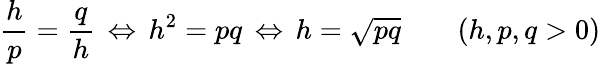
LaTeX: {\frac{h}{p}}={\frac{q}{h}}\, \Leftrightarrow\, h^{2}=pq\, \Leftrightarrow\, h={\sqrt{pq}}\qquad(h,p,q>0)